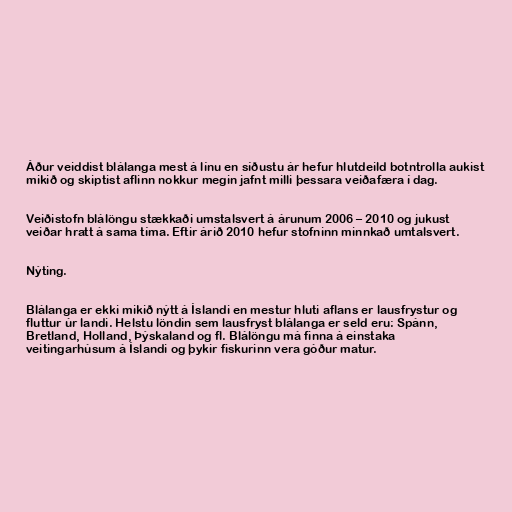
Áður veiddist blálanga mest á línu en síðustu ár hefur hlutdeild botntrolla aukist
mikið og skiptist aflinn nokkur megin jafnt milli þessara veiðafæra í dag.

Veiðistofn blálöngu stækkaði umstalsvert á árunum 2006 – 2010 og jukust
veiðar hratt á sama tíma. Eftir árið 2010 hefur stofninn minnkað umtalsvert.

Nýting.

Blálanga er ekki mikið nýtt á Íslandi en mestur hluti aflans er lausfrystur og
fluttur úr landi. Helstu löndin sem lausfryst blálanga er seld eru: Spánn,
Bretland, Holland, Þýskaland og fl. Blálöngu má finna á einstaka
veitingarhúsum á Íslandi og þykir fiskurinn vera góður matur.